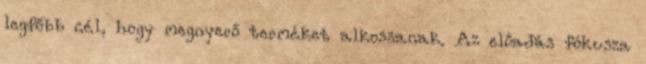
legfőbb cél, hogy megnyerő terméket alkossanak. Az előadás fókusza